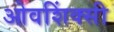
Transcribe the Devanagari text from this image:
ओवशिंक्सी